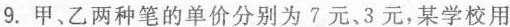
9.甲、乙两种笔的单价分别为7元、3元，某学校用